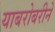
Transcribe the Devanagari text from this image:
याबरोबरीने